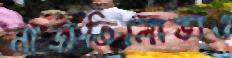
নাভ্রাতিলোভাও